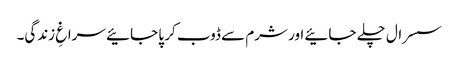
سسرال چلے جائیے اور شرم سے ڈوب کر پا جائیے سراغِ زندگی۔